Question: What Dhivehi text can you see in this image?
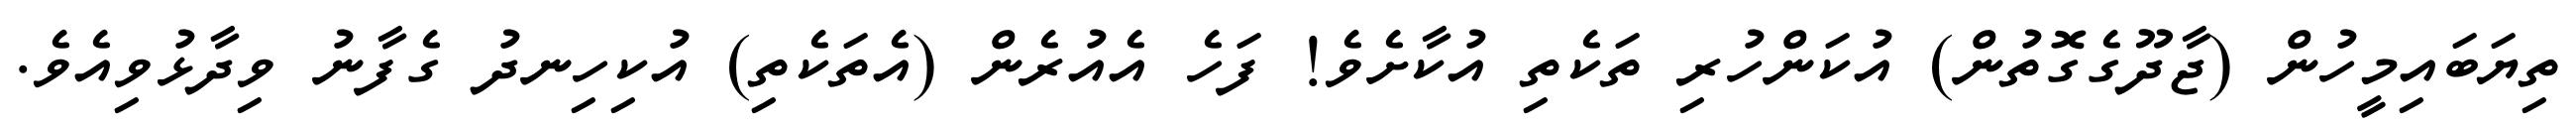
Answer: ތިޔަބައިމީހުން (ޖާދޫގެގޮތުން) އުކަންހުރި ތަކެތި އުކާށެވެ! ފަހެ އެއުރެން (އެތަކެތި) އުކިހިނދު ގެފާނު ވިދާޅުވިއެވެ.